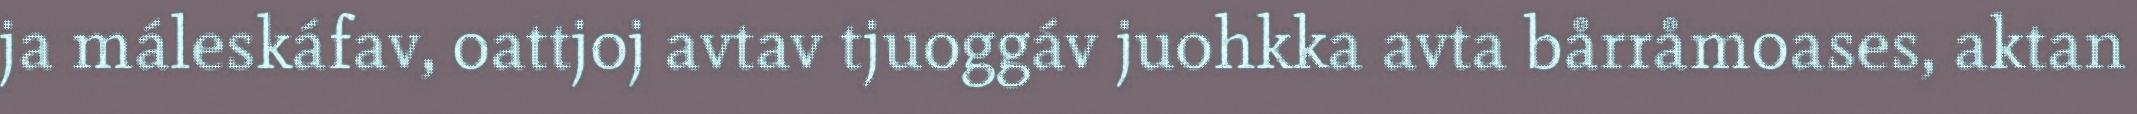
ja máleskáfav, oattjoj avtav tjuoggáv juohkka avta bårråmoases, aktan